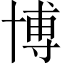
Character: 博